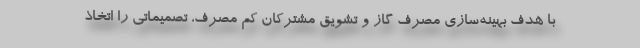
با هدف بهینه‌سازی مصرف گاز و تشویق مشترکان کم مصرف، تصمیماتی را اتخاذ